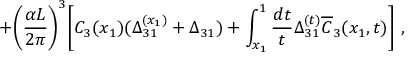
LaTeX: + \biggl ( \frac { \alpha L } { 2 \pi } \biggr ) ^ { 3 } \biggl [ C _ { 3 } ( x _ { 1 } ) ( \Delta _ { 3 1 } ^ { ( x _ { 1 } ) } + \Delta _ { 3 1 } ) + \int _ { x _ { 1 } } ^ { 1 } \frac { d t } { t } \Delta _ { 3 1 } ^ { ( t ) } \overline { { C } } _ { 3 } ( x _ { 1 } , t ) \biggr ] \ ,